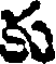
కు